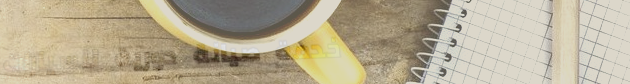
خدمة صيانة دورية للسيارات